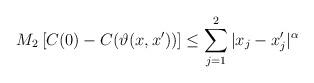
LaTeX: \begin{align*}M_2 \left[ C(0) - C(\vartheta(x,x')) \right] \leq \sum_{j=1}^2 | x_j - x'_j |^{\alpha}\end{align*}